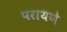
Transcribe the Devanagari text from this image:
परायणे